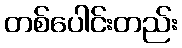
တစ်ပေါင်းတည်း